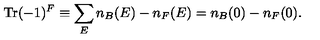
\mathrm { T r } ( - 1 ) ^ { F } \equiv \sum _ { E } n _ { B } ( E ) - n _ { F } ( E ) = n _ { B } ( 0 ) - n _ { F } ( 0 ) .